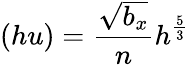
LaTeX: (hu)=\frac{\sqrt{b_{x}}}{n}h^{\frac{5}{3}}